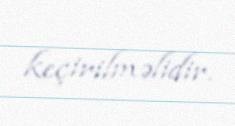
keçirilməlidir.